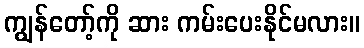
ကျွန်တော့်ကို ဆား ကမ်းပေးနိုင်မလား။